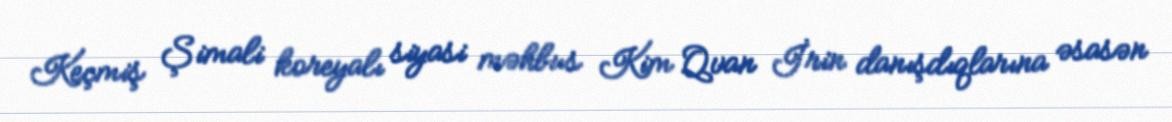
Keçmiş Şimali koreyalı siyasi məhbus Kim Qvan İrin danışdıqlarına əsasən